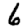
Digit: 6